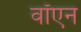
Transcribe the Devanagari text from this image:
वॉएन